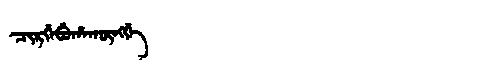
Manchu: ᠴᡳᡵᡤᡝᠪᡠᡥᠠᡴᡡᠩᡤᡝ
Romanization: CIRGEBUHAKŪNGGE